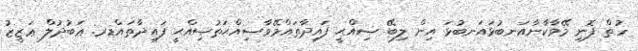
ހުތް ފޮނި މޭވާކާނާއަނބުޅައަނބުޅަ އިން ލިބޭ ޞިއްޙީ ފައިދާތައްމޭވާޞިއްޙަތުޞިއްޙީ ފައިދާތައްޑރ. ޢަބުދުލް ޢަޒީޒު